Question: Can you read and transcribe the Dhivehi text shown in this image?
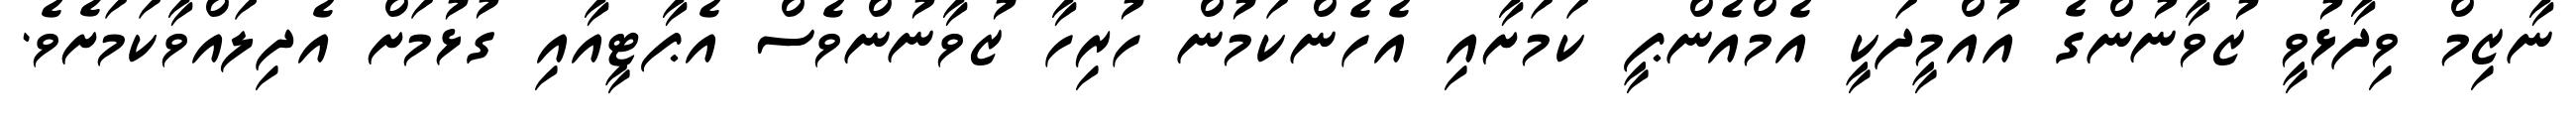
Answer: ނާޒިމް ވިދާޅުވީ ޒުވާނުންގެ އުއްމީދަކީ އެމްއެންޕީ ކަމަށާއި އެހެންކަމުން ހުރިހާ ޒުވާނުންވެސް އެޕާޓީއާއި ގުޅުމަށް އެދިލައްވާކަމަށެވެ.